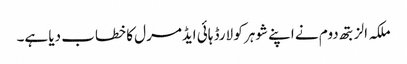
ملکہ الزبتھ دوم نے اپنے شوہر کو لارڈ ہائی ایڈمرل کا خطاب دیا ہے۔